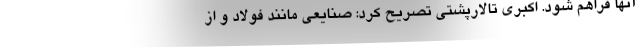
آنها فراهم شود. اکبری تالارپشتی تصریح کرد: صنایعی مانند فولاد و از